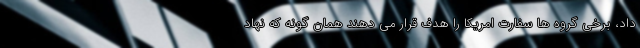
داد، برخی گروه ها سفارت امریکا را هدف قرار می دهند همان گونه که نهاد